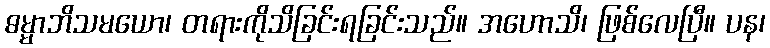
ဓမ္မာဘိသမယော၊ တရားကိုသိခြင်းရခြင်းသည်။ အဟောသိ၊ ဖြစ်လေပြီ။ ပန၊